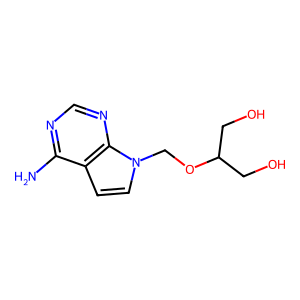
SMILES: Nc1ncnc2c1ccn2COC(CO)CO
Inhibits HIV replication: No